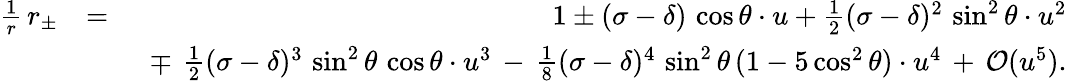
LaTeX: \begin{array}{rlr}{\frac{1}{r}\, r_{\pm}}&{=}&{1\pm(\sigma-\delta)\, \cos\theta\cdot u+\frac{1}{2}(\sigma-\delta)^{2}\, \sin^{2}\theta\cdot u^{2}}\\ &{}&{\ \mp\, \frac{1}{2}(\sigma-\delta)^{3}\, \sin^{2}\theta\, \cos\theta\cdot u^{3}\, -\, \frac{1}{8}(\sigma-\delta)^{4}\, \sin^{2}\theta\, (1-5\cos^{2}\theta)\cdot u^{4}\, +\, {\cal O}(u^{5}).}\end{array}